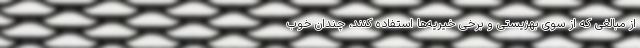
از مبالغی که از سوی بهزیستی و برخی خیریه‌ها استفاده کنند، چندان خوب